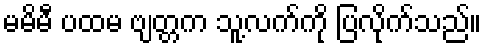
မမိမီ ပထမ ဗျတ္တက သူ့လက်ကို ပြလိုက်သည်။